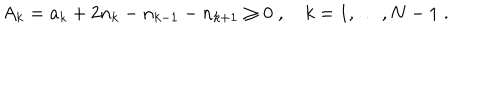
A _ { k } = a _ { k } + 2 n _ { k } - n _ { k - 1 } - n _ { k + 1 } \geq 0 \; , \quad k = 1 , \ldots , N - 1 \; .